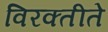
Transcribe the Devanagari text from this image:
विरक्तीते